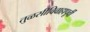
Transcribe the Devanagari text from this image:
तुळसीविवाहापूर्वी